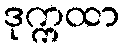
ဒုက္ကထာ